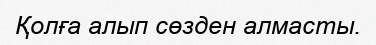
Қолға алып сөзден алмасты.